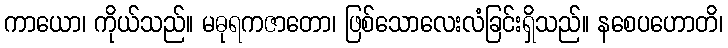
ကာယော၊ ကိုယ်သည်။ မဓုရကဇာတော၊ ဖြစ်သောလေးလံခြင်းရှိသည်။ နစေပဟောတိ၊